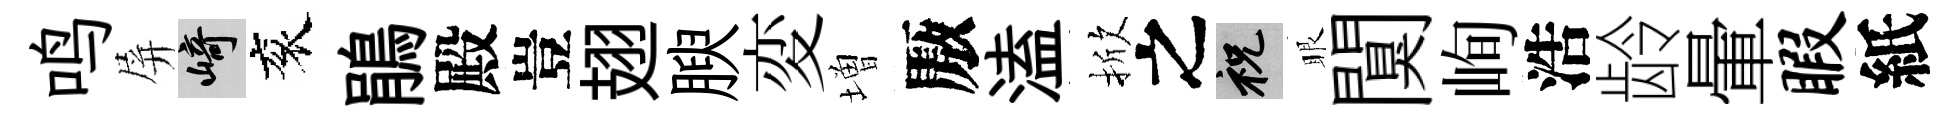
鸣屏崎衮鵑殿豈翅腴変増厫溘掀之祝眼闃峋浩龄暈暇紙